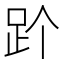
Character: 𬦡